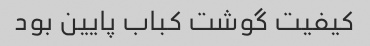
کیفیت گوشت کباب پایین بود